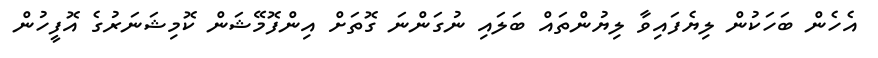
އެހެން ބަހަކުން ލިޔެފައިވާ ލިޔުންތައް ބަލައި ނުގަންނަ ގޮތަށް އިންފޮމޭޝަން ކޮމިޝަނަރުގެ އޮފީހުން